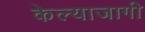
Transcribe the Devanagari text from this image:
केल्याजागी